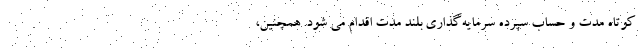
کوتاه‌ مدت و حساب سپرده سرمایه‌گذاری بلند مدت اقدام می شود. همچنین،